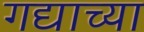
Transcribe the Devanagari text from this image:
गद्याच्या